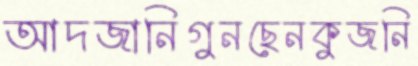
আদজানিগুনছেনকুজনি